Statistical return of the lunatic asylum in Assam - 1912-1932
Year: 1912
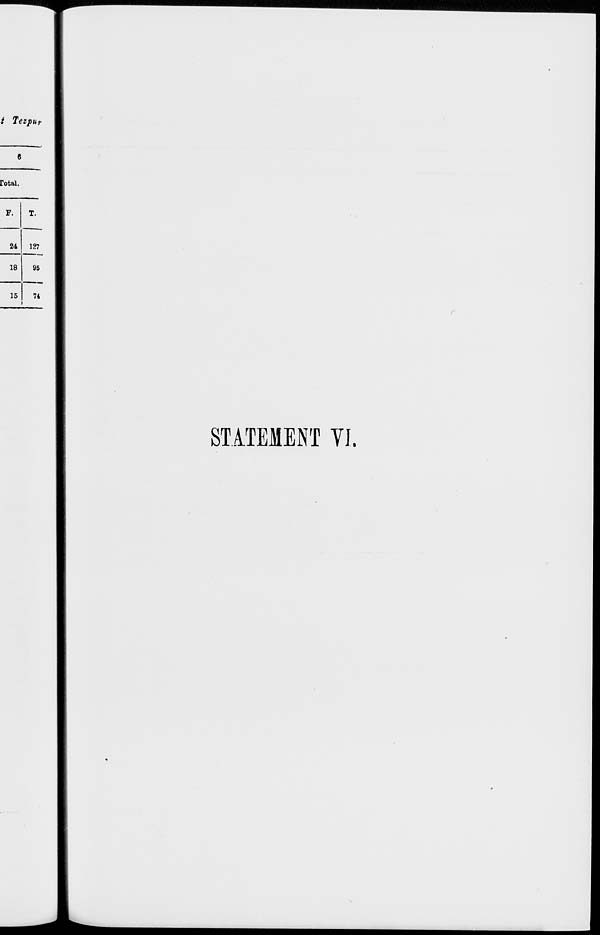
/ Tezpur
6
rotal,
F.
T.
24
127
18
95
15
74
STATEMENT VI.